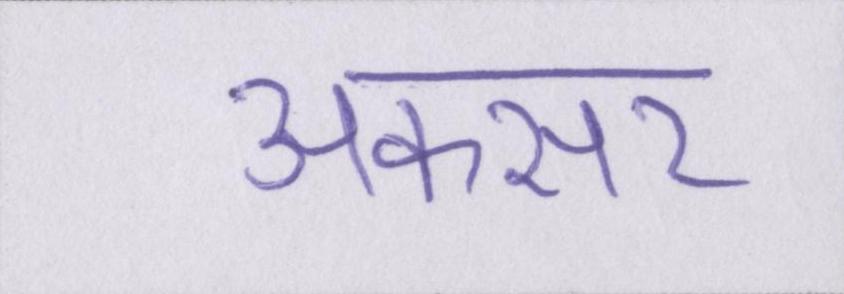
अकसर